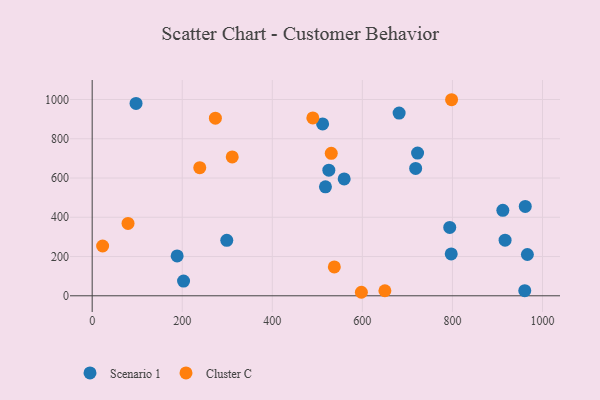
{"axis": {"x": "Price", "y": "Demand"}, "legend": ["Cluster C", "Scenario 1"], "data": [{"x": "559.6", "y": 595.4, "type": "Scenario 1"}, {"x": "202.9", "y": 74.9, "type": "Scenario 1"}, {"x": "681.6", "y": 931.1, "type": "Scenario 1"}, {"x": "511.7", "y": 875.9, "type": "Scenario 1"}, {"x": "966.4", "y": 210.4, "type": "Scenario 1"}, {"x": "298.9", "y": 282.4, "type": "Scenario 1"}, {"x": "961.7", "y": 455.5, "type": "Scenario 1"}, {"x": "722.6", "y": 727.3, "type": "Scenario 1"}, {"x": "188.7", "y": 202.9, "type": "Scenario 1"}, {"x": "718.3", "y": 648.9, "type": "Scenario 1"}, {"x": "525.5", "y": 640.0, "type": "Scenario 1"}, {"x": "97.4", "y": 980.3, "type": "Scenario 1"}, {"x": "911.9", "y": 435.6, "type": "Scenario 1"}, {"x": "960.6", "y": 26.0, "type": "Scenario 1"}, {"x": "916.9", "y": 283.4, "type": "Scenario 1"}, {"x": "518.0", "y": 555.3, "type": "Scenario 1"}, {"x": "794.0", "y": 348.1, "type": "Scenario 1"}, {"x": "797.3", "y": 213.2, "type": "Scenario 1"}, {"x": "530.9", "y": 725.7, "type": "Cluster C"}, {"x": "490.0", "y": 906.5, "type": "Cluster C"}, {"x": "238.9", "y": 652.8, "type": "Cluster C"}, {"x": "311.0", "y": 707.6, "type": "Cluster C"}, {"x": "597.8", "y": 17.9, "type": "Cluster C"}, {"x": "273.6", "y": 904.9, "type": "Cluster C"}, {"x": "23.2", "y": 253.7, "type": "Cluster C"}, {"x": "798.1", "y": 999.0, "type": "Cluster C"}, {"x": "537.7", "y": 146.9, "type": "Cluster C"}, {"x": "650.0", "y": 25.7, "type": "Cluster C"}, {"x": "79.6", "y": 368.6, "type": "Cluster C"}]}